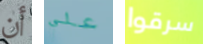
أن علي سرقوا